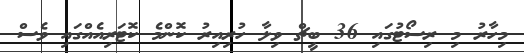
މިހާރު މި ރިސޯޓުގައި 36 ބީޗް ވިލާ ހުރިއިރު ކޮންމެ ކޮޓަރިއެއްގައި ވެސް